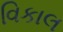
વિકાલ